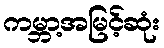
ကမ္ဘာ့အမြင့်ဆုံး